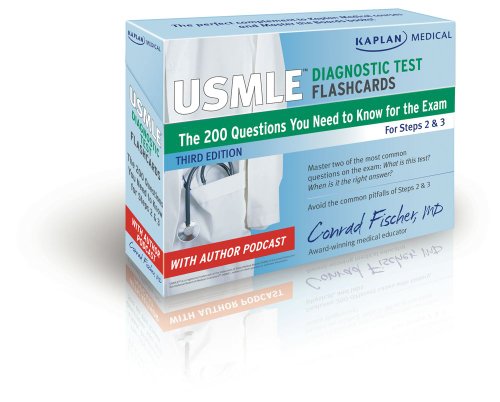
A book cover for Kaplan Medical USMLE Diagnostic Test Flashcards: The 200 Diagnostic Test Questions You Need to Know for the Exam for Steps 2 & 3 (USMLE Prep); Conrad Fischer MD; Medical Books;